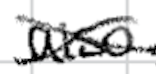
Text: also
Cross-out: cross
Writing tool: digital_black